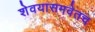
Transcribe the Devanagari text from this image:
शेवयासमवेतच